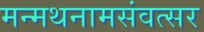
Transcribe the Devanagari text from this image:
मन्मथनामसंवत्सर